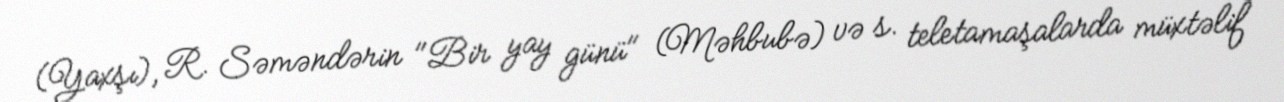
(Yaxşı), R. Səməndərin "Bir yay günü" (Məhbubə) və s. teletamaşalarda müxtəlif